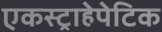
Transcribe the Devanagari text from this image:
एकस्ट्राहेपेटिक